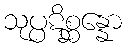
သုပ္ပဋိစ္ဆန္နော